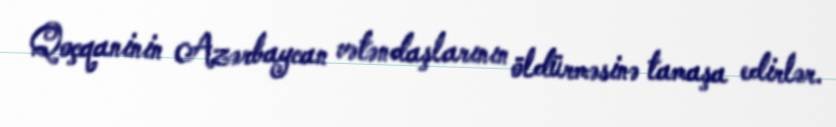
Qoçqaninin Azərbaycan vətəndaşlarının öldürməsinə tamaşa edirlər.